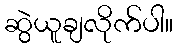
ဆွဲယူချလိုက်ပါ။